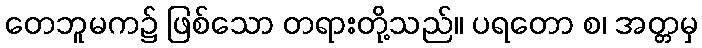
တေဘူမက၌ ဖြစ်သော တရားတို့သည်။ ပရတော စ၊ အတ္တမှ